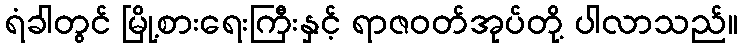
ရံခါတွင် မြို့စားရေးကြီးနှင့် ရာဇဝတ်အုပ်တို့ ပါလာသည်။